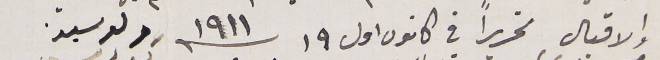
والاقبال تحريراً في كانون اول ١٩ سنه ١٩١١، ولد سيد